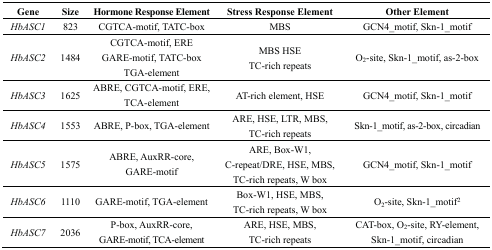
<table><thead><tr><td><b>Gene</b></td><td><b>Size</b></td><td><b>Hormone Response Element</b></td><td><b>Stress Response Element</b></td><td><b>Other Element</b></td></tr></thead><tbody><tr><td><i>HbASC1</i></td><td>823</td><td>CGTCA-motif, TATC-box</td><td>MBS</td><td>GCN4_motif, Skn-1_motif</td></tr><tr><td><i>HbASC2</i></td><td>1484</td><td>CGTCA-motif, ERE GARE-motif, TATC-box TGA-element</td><td>MBS HSE TC-rich repeats</td><td>O<sub>2</sub>-site, Skn-1_motif, as-2-box</td></tr><tr><td><i>HbASC3</i></td><td>1625</td><td>ABRE, CGTCA-motif, ERE, TCA-element</td><td>AT-rich element, HSE</td><td>GCN4_motif, Skn-1_motif</td></tr><tr><td><i>HbASC4</i></td><td>1553</td><td>ABRE, P-box, TGA-element</td><td>ARE, HSE, LTR, MBS, TC-rich repeats</td><td>Skn-1_motif, as-2-box, circadian</td></tr><tr><td><i>HbASC5</i></td><td>1575</td><td>ABRE, AuxRR-core, GARE-motif</td><td>ARE, Box-W1, C-repeat/DRE, HSE, MBS, TC-rich repeats, W box</td><td>GCN4_motif, Skn-1_motif</td></tr><tr><td><i>HbASC6</i></td><td>1110</td><td>GARE-motif, TGA-element</td><td>Box-W1, HSE, MBS, TC-rich repeats, W box</td><td>O<sub>2</sub>-site, Skn-1_motif<sup>2</sup></td></tr><tr><td><i>HbASC7</i></td><td>2036</td><td>P-box, AuxRR-core, GARE-motif, TCA-element</td><td>ARE, HSE, MBS, TC-rich repeats</td><td>CAT-box, O<sub>2</sub>-site, RY-element, Skn-1_motif, circadian</td></tr></tbody></table>